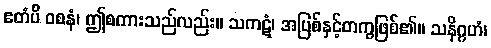
ဧတံပိ ဝစနံ၊ ဤစကားသည်လည်း။ သကဋံ၊ အပြစ်နှင့်တကွဖြစ်၏။ သနိဂ္ဂဟံ၊